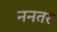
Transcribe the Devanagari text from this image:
ननतर